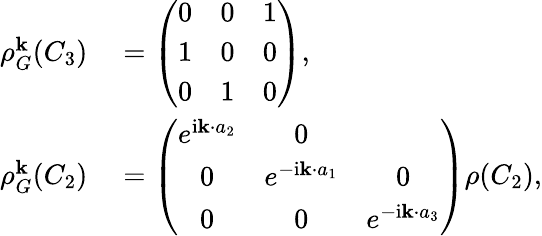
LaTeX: \begin{array}{rl}{\rho_{G}^{\mathbf k}(C_{3})}&{{}=\left(\begin{array}{ccc}{0}&{0}&{1}\\ {1}&{0}&{0}\\ {0}&{1}&{0}\end{array}\right),}\\ {\rho_{G}^{\mathbf k}(C_{2})}&{{}=\left(\begin{array}{ccc}{e^{\mathrm{i}{\mathbf k}\cdot{a}_{2}}}&{0}\\ {0}&{e^{-\mathrm{i}{\mathbf k}\cdot{a}_{1}}}&{0}\\ {0}&{0}&{e^{-\mathrm{i}{\mathbf k}\cdot{a}_{3}}}\end{array}\right)\rho(C_{2}),}\end{array}